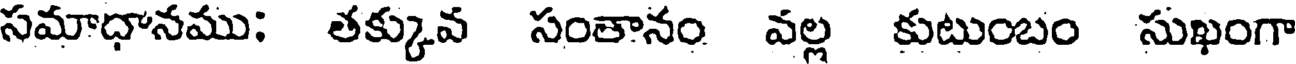
సమాధానము: తక్కువ సంతానం వల్ల కుటుంబం సుఖంగా